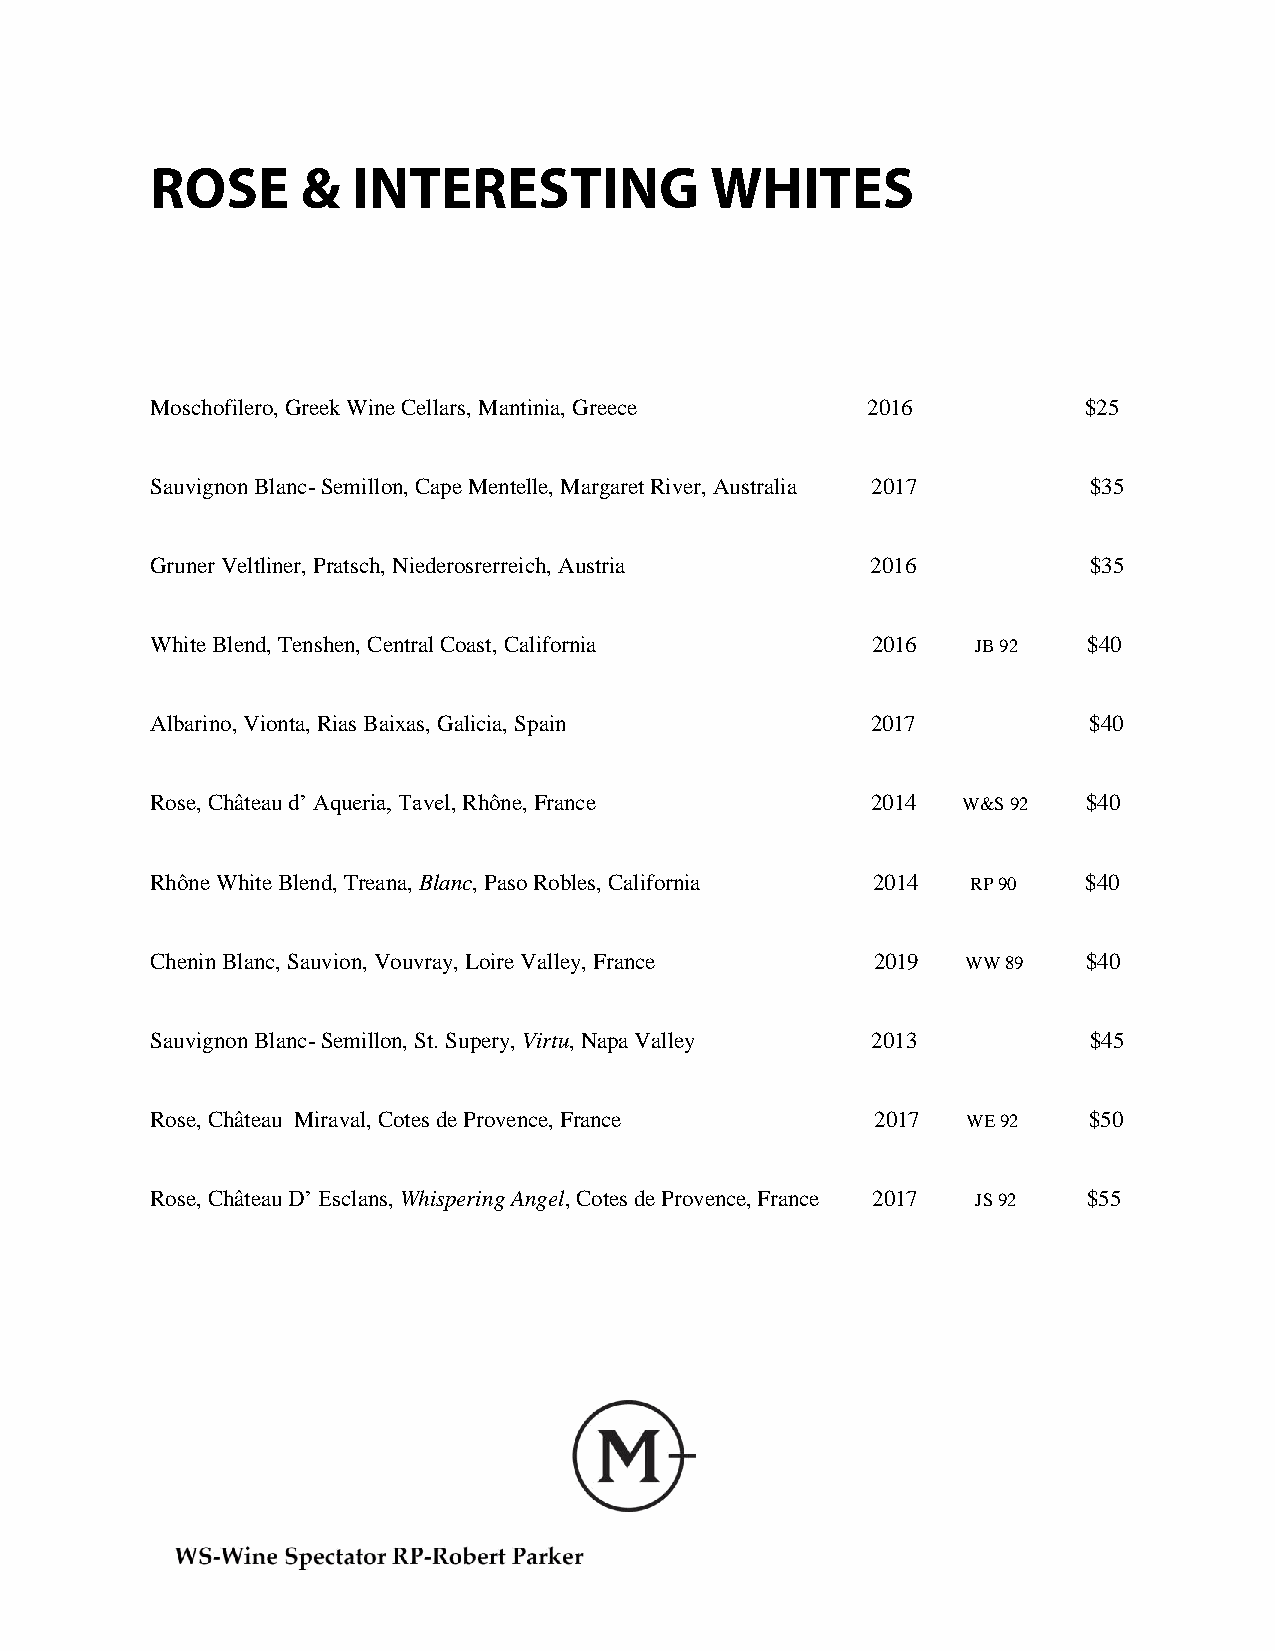
Moschofilero, Greek Wine Cellars, Mantinia, Greece 2016       $25
 Sauvignon Blanc- Semillon, Cape Mentelle, Margaret River, Australia 2017 $35
 Gruner Veltliner, Pratsch, Niederosrerreich, Austria 2016     $35
 White Blend, Tenshen, Central Coast, California 2016   JB 92  $40
 Albarino, Vionta, Rias Baixas, Galicia, Spain   2017          $40
 Rose, Château d’ Aqueria, Tavel, Rhône, France  2014  W&S 92  $40
 Rhône White Blend, Treana, Blanc, Paso Robles, California 2014 RP 90 $40
 Chenin Blanc, Sauvion, Vouvray, Loire Valley, France 2019 WW 89 $40
 Sauvignon Blanc- Semillon, St. Supery, Virtu, Napa Valley 2013 $45
 Rose, Château Miraval, Cotes de Provence, France 2017 WE 92   $50
 Rose, Château D’ Esclans, Whispering Angel, Cotes de Provence, France 2017 JS 92 $55